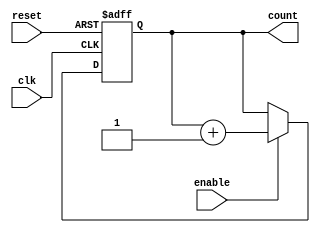
module IncrementalCounter (
    input wire clk,           // Clock input
    input wire reset,         // Asynchronous reset signal
    input wire enable,        // Enable signal for counting
    output reg [7:0] count    // 8-bit counter output (adjust width as needed)
);

    // Synchronous reset and counting logic
    always @(posedge clk or posedge reset) begin
        if (reset) begin
            count <= 8'b0;    // Reset count to zero
        end else if (enable) begin
            count <= count + 1; // Increment count by 1
        end
    end

endmodule